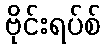
ဗိုင်းရပ်စ်